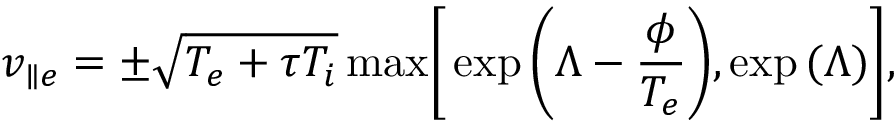
v _ { \parallel e } = \pm \sqrt { T _ { e } + \tau T _ { i } } \, \mathrm { m a x } \Bigg [ \exp { \Bigg ( \Lambda - \frac { \phi } { T _ { e } } \Bigg ) , \exp { ( \Lambda ) } } \Bigg ] ,